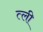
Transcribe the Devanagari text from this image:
त्ली